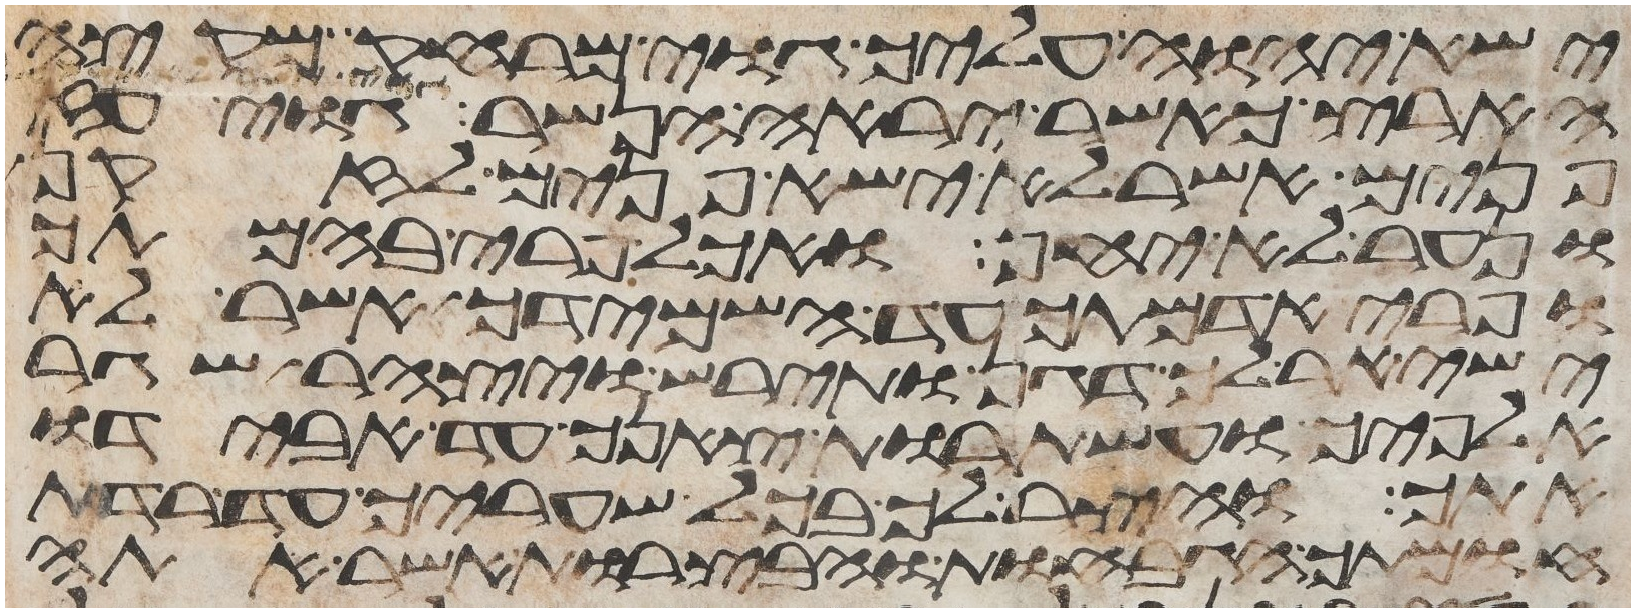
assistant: ישא יהוה עליך גוי מרחק מקצה
הארץ כאשר יראה הנשר גוי
פנים אשר לא ישא פנים לזקן
ונער לא יחן ואכל פרי בהמתך
ופרי אדמתך עד השמידך אשר לא
ישאיר לך דגן ותירש ויצהר שגר
אלפיך ועשתרות צאנך עד אבידו
אתך והצר לך בכל שעריך עד רדת
חומתך הגבחות והבצרות אשר אתה